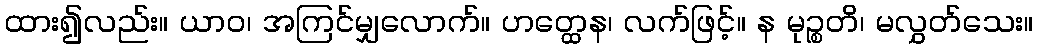
ထား၍လည်း။ ယာဝ၊ အကြင်မျှလောက်။ ဟတ္ထေန၊ လက်ဖြင့်။ န မုဉ္စတိ၊ မလွှတ်သေး။